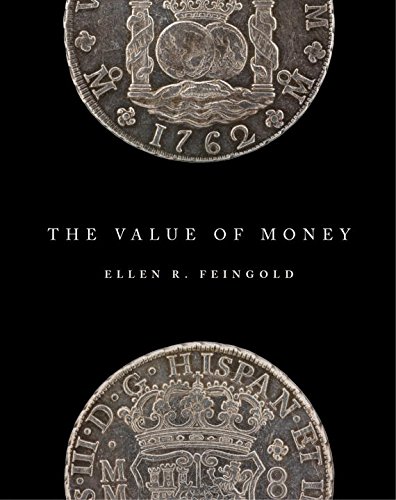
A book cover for The Value of Money; Ellen R. Feingold; Business & Money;